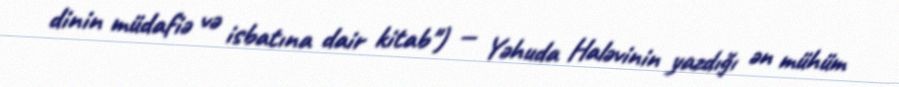
dinin müdafiə və isbatına dair kitab") — Yəhuda Haləvinin yazdığı ən mühüm